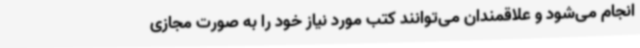
انجام می‌شود و علاقمندان می‌توانند کتب مورد نیاز خود را به صورت مجازی